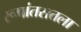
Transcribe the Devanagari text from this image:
रूपांतरातला